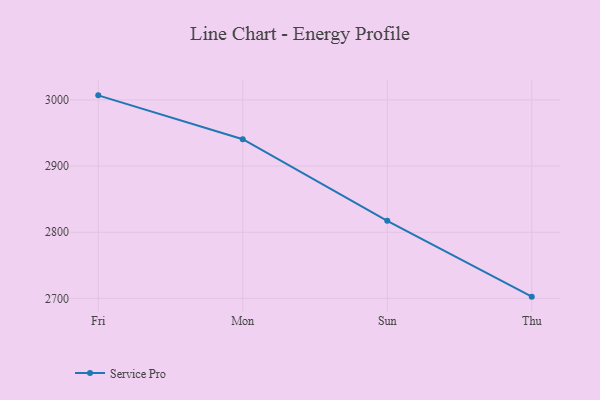
{"axis": {"x": "Day", "y": "Demand Index"}, "legend": ["Service Pro"], "data": [{"x": "Fri", "y": 3006.9, "type": "Service Pro"}, {"x": "Mon", "y": 2940.6, "type": "Service Pro"}, {"x": "Sun", "y": 2817.2, "type": "Service Pro"}, {"x": "Thu", "y": 2702.6, "type": "Service Pro"}]}